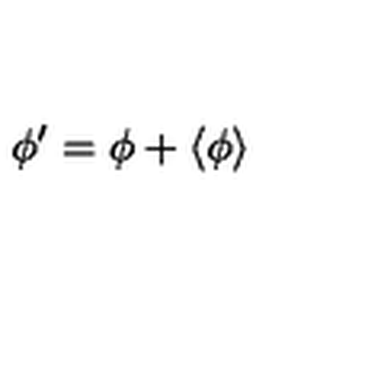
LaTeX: \phi ^ { \prime } = \phi + \langle \phi \rangle